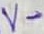
Text: V-